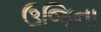
ઉજિના